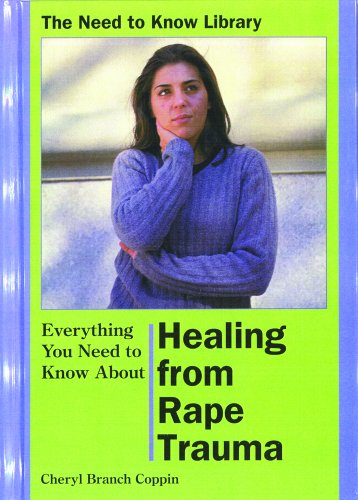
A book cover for Everything You Need to Know About Healing from Rape Trauma (Need to Know Library); Cheryl Branch Coppin; Teen & Young Adult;